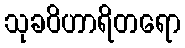
သုခဝိဟာရိတရော